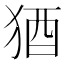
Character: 𬌲